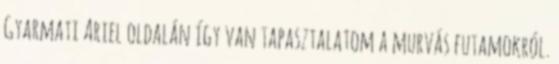
Gyarmati Ariel oldalán így van tapasztalatom a murvás futamokról.